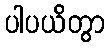
ပါပယိတွာ